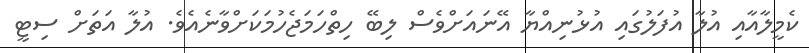
ކެމީލާއާއި އުލާ އުފަލުގައި އުޅުނިއްޔާ އޭނައަށްވެސް ލިބޭ ހިތްހަމަޖެހުމަކަށްވާނެއެވެ. އުލާ އަތަށް ސިޓީ